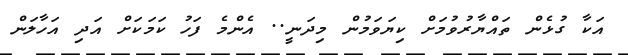
އަކާ ގުޅެން ތައްޔާރުވުމަށް ކިޔަވަމުން މިދަނީ.. އެންމެ ފަހު ކަމަކަށް އަދި އަހާލަން